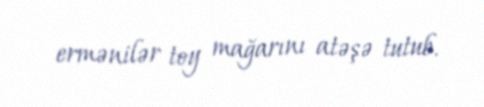
ermənilər toy mağarını atəşə tutub.